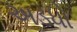
અડધો